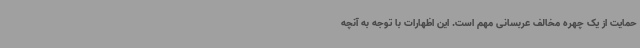
حمایت از یک چهره مخالف عربسانی مهم است. این اظهارات با توجه به آنچه